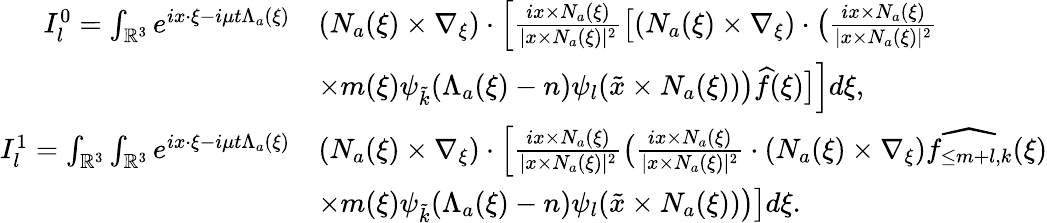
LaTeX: \begin{array}{rl}{I_{l}^{0}=\int_{\mathbb{R}^{3}}e^{ix\cdot\xi-i\mu t\Lambda_{a}(\xi)}}&{(N_{a}(\xi)\times\nabla_{\xi})\cdot\Big[\frac{ix\times N_{a}(\xi)}{|x\times N_{a}(\xi)|^{2}}\big[(N_{a}(\xi)\times\nabla_{\xi})\cdot\big(\frac{ix\times N_{a}(\xi)}{|x\times N_{a}(\xi)|^{2}}}\\ &{\times m(\xi)\psi_{\tilde{k}}(\Lambda_{a}(\xi)-n)\psi_{{l}}(\tilde{x}\times N_{a}(\xi))\big)\widehat{f}(\xi)\big]\Big]d\xi,}\\ {I_{l}^{1}=\int_{\mathbb{R}^{3}}\int_{\mathbb{R}^{3}}e^{ix\cdot\xi-i\mu t\Lambda_{a}(\xi)}}&{(N_{a}(\xi)\times\nabla_{\xi})\cdot\Big[\frac{ix\times N_{a}(\xi)}{|x\times N_{a}(\xi)|^{2}}\big(\frac{ix\times N_{a}(\xi)}{|x\times N_{a}(\xi)|^{2}}\cdot(N_{a}(\xi)\times\nabla_{\xi})\widehat{f_{\leq m+l,k}}(\xi)}\\ &{\times m(\xi)\psi_{\tilde{k}}(\Lambda_{a}(\xi)-n)\psi_{{l}}(\tilde{x}\times N_{a}(\xi))\big)\big]d\xi.}\end{array}